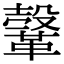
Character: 𩌥